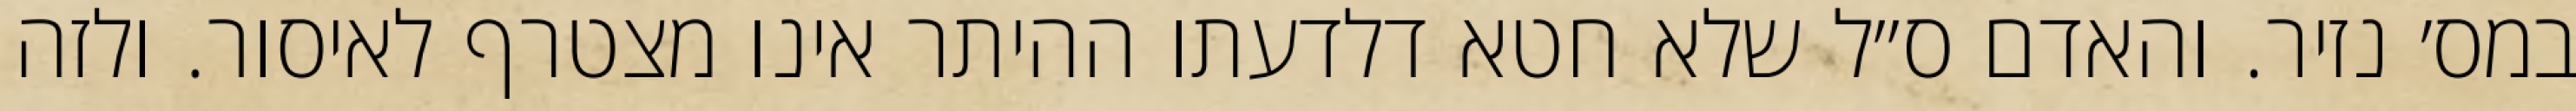
במס׳ נזיר. והאדם ס״ל שלא חטא דלדעתו ההיתר אינו מצטרף לאיסור. ולזה